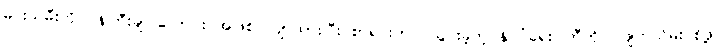
မင်းသမီးကို ဝန်ကြီးချုပ်လောင်း အဖြစ် လျာထားပြီး စာရင်းတင် သွင်းခဲ့တဲ့ နိုင်ငံရေးပါတီကိုပါ ဖျက်သိမ်းပစ်ဖို့